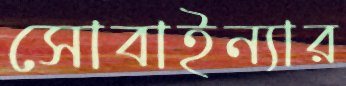
সোবাইন্যার